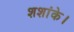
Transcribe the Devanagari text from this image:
शशांके।